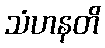
သံဟနတိ